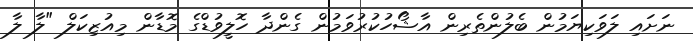
ނަށައި ލަވަކިޔަމުން ބެލުންތެރިން އާޝޯހުކުރުވަމުން ގެންދާ ހޮލީވުޑްގެ މޮޑާން މިއުޒިކަލް "ލާ ލާ